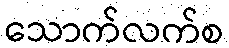
သောက်လက်စ